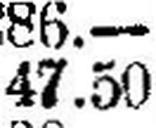
47.50